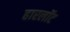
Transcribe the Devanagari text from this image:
हारलॉट